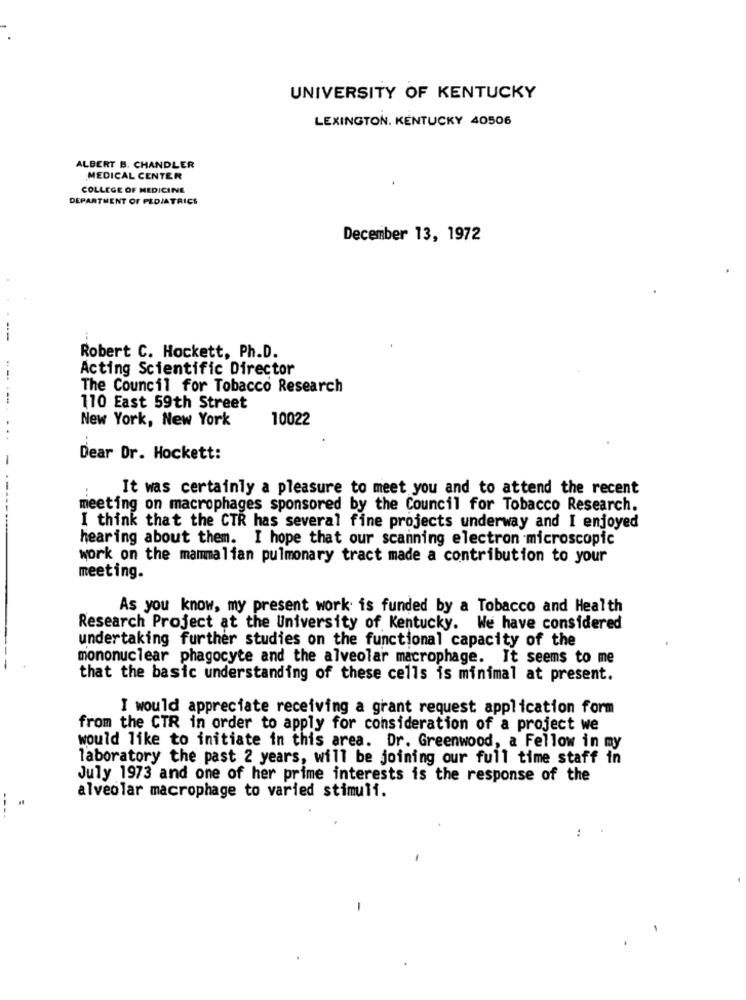
UNIVERSITY OF KENTUCKY
LEXINGTON. KENTUCKY 40506
ALBERT B. CHANDLER
MEDICAL CENTER
COLLEGE OF MEDICINE
DEPARTMENT OF PEDIATRICS
December 13, 1972
--
Robert C. Hockett, Ph.D.
Acting Scientific Director
The Council for Tobacco Research
110 East 59th Street
New York, New York
10022
Dear Dr. Hockett:
It was certainly a pleasure to meet you and to attend the recent
meeting on macrophages sponsored by the Council for Tobacco Research.
I think that the CTR has several fine projects underway and I enjoyed
hearing about them. I hope that our scanning electron microscopic
work on the mammalian pulmonary tract made a contribution to your
meeting.
As you know, my present work is funded by a Tobacco and Health
Research Project at the University of Kentucky. We have considered
undertaking further studies on the functional capacity of the
mononuclear phagocyte and the alveolar macrophage. It seems to me
that the basic understanding of these cells is minimal at present.
I would appreciate receiving a grant request application form
from the CTR in order to apply for consideration of a project we
would like to initiate in this area. Dr. Greenwood, a Fellow in my
laboratory the past 2 years, will be joining our full time staff in
July 1973 and one of her prime interests is the response of the
alveolar macrophage to varied stimuli.
----
..
-